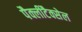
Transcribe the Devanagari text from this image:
पैक्लीटैक्सेल